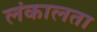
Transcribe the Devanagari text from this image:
लंकालता